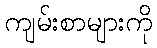
ကျမ်းစာများကို